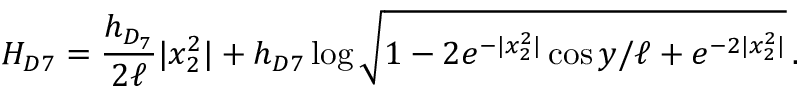
H _ { D 7 } = \frac { h _ { D _ { 7 } } } { 2 \ell } | x _ { 2 } ^ { 2 } | + h _ { D 7 } \log { \sqrt { 1 - 2 e ^ { - | x _ { 2 } ^ { 2 } | } \cos { y / \ell } + e ^ { - 2 | x _ { 2 } ^ { 2 } | } } } \, .